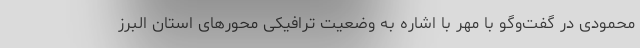
محمودی در گفت‌وگو با مهر با اشاره به وضعیت ترافیکی محورهای استان البرز